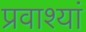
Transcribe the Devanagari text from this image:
प्रवाश्यां